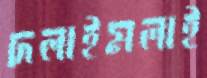
দলাইমলাই